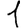
Digit: 1